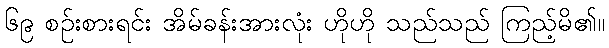
၆၉ စဉ်းစားရင်း အိမ်ခန်းအားလုံး ဟိုဟို သည်သည် ကြည့်မိ၏။